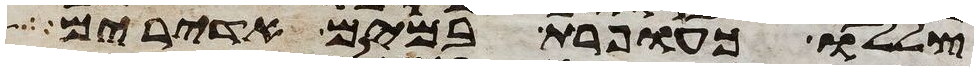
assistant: צללו כעופרת במים אדירים